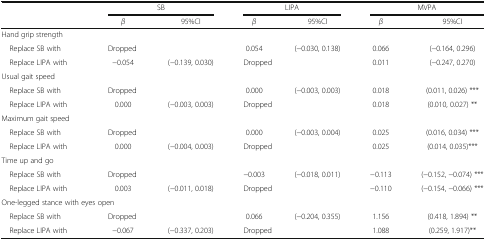
|  | <COLSPAN=2> SB | <COLSPAN=2> LIPA | <COLSPAN=2> MVPA |
 |  | β | 95%CI | β | 95%CI | β | 95%CI |
 | --- | --- | --- | --- | --- | --- | --- |
 | Hand grip strength |  |  |  |  |  |  |
 | Replace SB with | <COLSPAN=2> Dropped | 0.054 | (−0.030, 0.138) | 0.066 | (−0.164, 0.296) |
 | Replace LIPA with | −0.054 | (−0.139, 0.030) | <COLSPAN=2> Dropped | 0.011 | (−0.247, 0.270) |
 | Usual gait speed |  |  |  |  |  |  |
 | Replace SB with | <COLSPAN=2> Dropped | 0.000 | (−0.003, 0.003) | 0.018 | (0.011, 0.026) *** |
 | Replace LIPA with | 0.000 | (−0.003, 0.003) | <COLSPAN=2> Dropped | 0.018 | (0.010, 0.027) ** |
 | Maximum gait speed |  |  |  |  |  |  |
 | Replace SB with | <COLSPAN=2> Dropped | 0.000 | (−0.003, 0.004) | 0.025 | (0.016, 0.034) *** |
 | Replace LIPA with | 0.000 | (−0.004, 0.003) | <COLSPAN=2> Dropped | 0.025 | (0.014, 0.035)*** |
 | Time up and go |  |  |  |  |  |  |
 | Replace SB with | <COLSPAN=2> Dropped | −0.003 | (−0.018, 0.011) | −0.113 | (−0.152, −0.074) *** |
 | Replace LIPA with | 0.003 | (−0.011, 0.018) | <COLSPAN=2> Dropped | −0.110 | (−0.154, −0.066) *** |
 | <COLSPAN=2> One-legged stance with eyes open |  |  |  |  |  |
 | Replace SB with | <COLSPAN=2> Dropped | 0.066 | (−0.204, 0.355) | 1.156 | (0.418, 1.894) ** |
 | Replace LIPA with | −0.067 | (−0.337, 0.203) | <COLSPAN=2> Dropped | 1.088 | (0.259, 1.917)** |